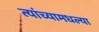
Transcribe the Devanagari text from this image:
त्यांच्यामधल्या